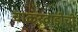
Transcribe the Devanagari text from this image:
चाकरवाडीची